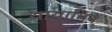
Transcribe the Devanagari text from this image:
थायामिन